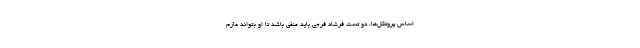
اساس پروتکل‌ها، دو تست فرشاد فرجی باید منفی باشد تا او بتواند عازم